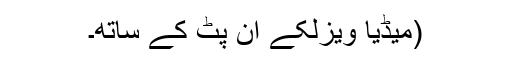
(میڈیا ویزلکے ان پٹ کے ساتھ۔